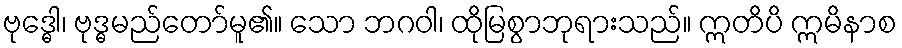
ဗုဒ္ဓေါ၊ ဗုဒ္ဓမည်တော်မူ၏။ သော ဘဂဝါ၊ ထိုမြစွာဘုရားသည်။ ဣတိပိ ဣမိနာစ